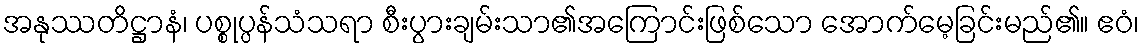
အနုဿတိဋ္ဌာနံ၊ ပစ္စုပ္ပန်သံသရာ စီးပွားချမ်းသာ၏အကြောင်းဖြစ်သော အောက်မေ့ခြင်းမည်၏။ ဧဝံ၊